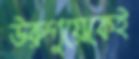
উরুগুয়েকেই